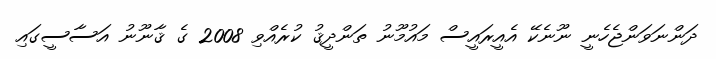
ދަންނަވަންޖެހެނީ ނޫނެކޭ އެއީރައީސް މައުމޫނު ތަންދީޤު ކުރެއްވި 2008 ގެ ޤާނޫނު އަސާސީގައި